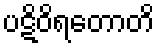
ပဋိဝိရတောတိ